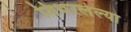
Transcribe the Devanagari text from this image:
बिथरलेल्या